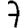
Digit: 7